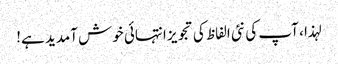
لہذا ، آپ کی نئی الفاظ کی تجویز انتہائی خوش آمدید ہے!